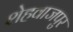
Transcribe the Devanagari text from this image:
शेहवाजपुर